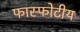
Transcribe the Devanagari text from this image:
फास्फोटीय